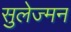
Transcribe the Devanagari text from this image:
सुलेज्मन